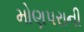
મોણપરાની